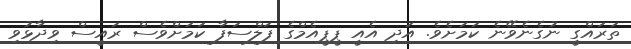
ތަރައްގީ ނުގެނެވޭނެ ކަމަށެވެ. އަދި އެއީ ޕީޕީއެމްގެ ފަލްސަފާ ކަމަށްވެސް ރައީސް ވިދާޅުވި